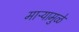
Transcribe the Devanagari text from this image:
माऱ्यामुळे